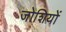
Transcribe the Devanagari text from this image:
जोशियों